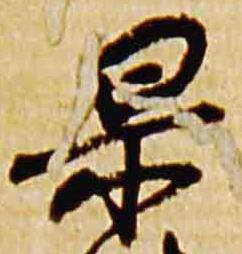
杲